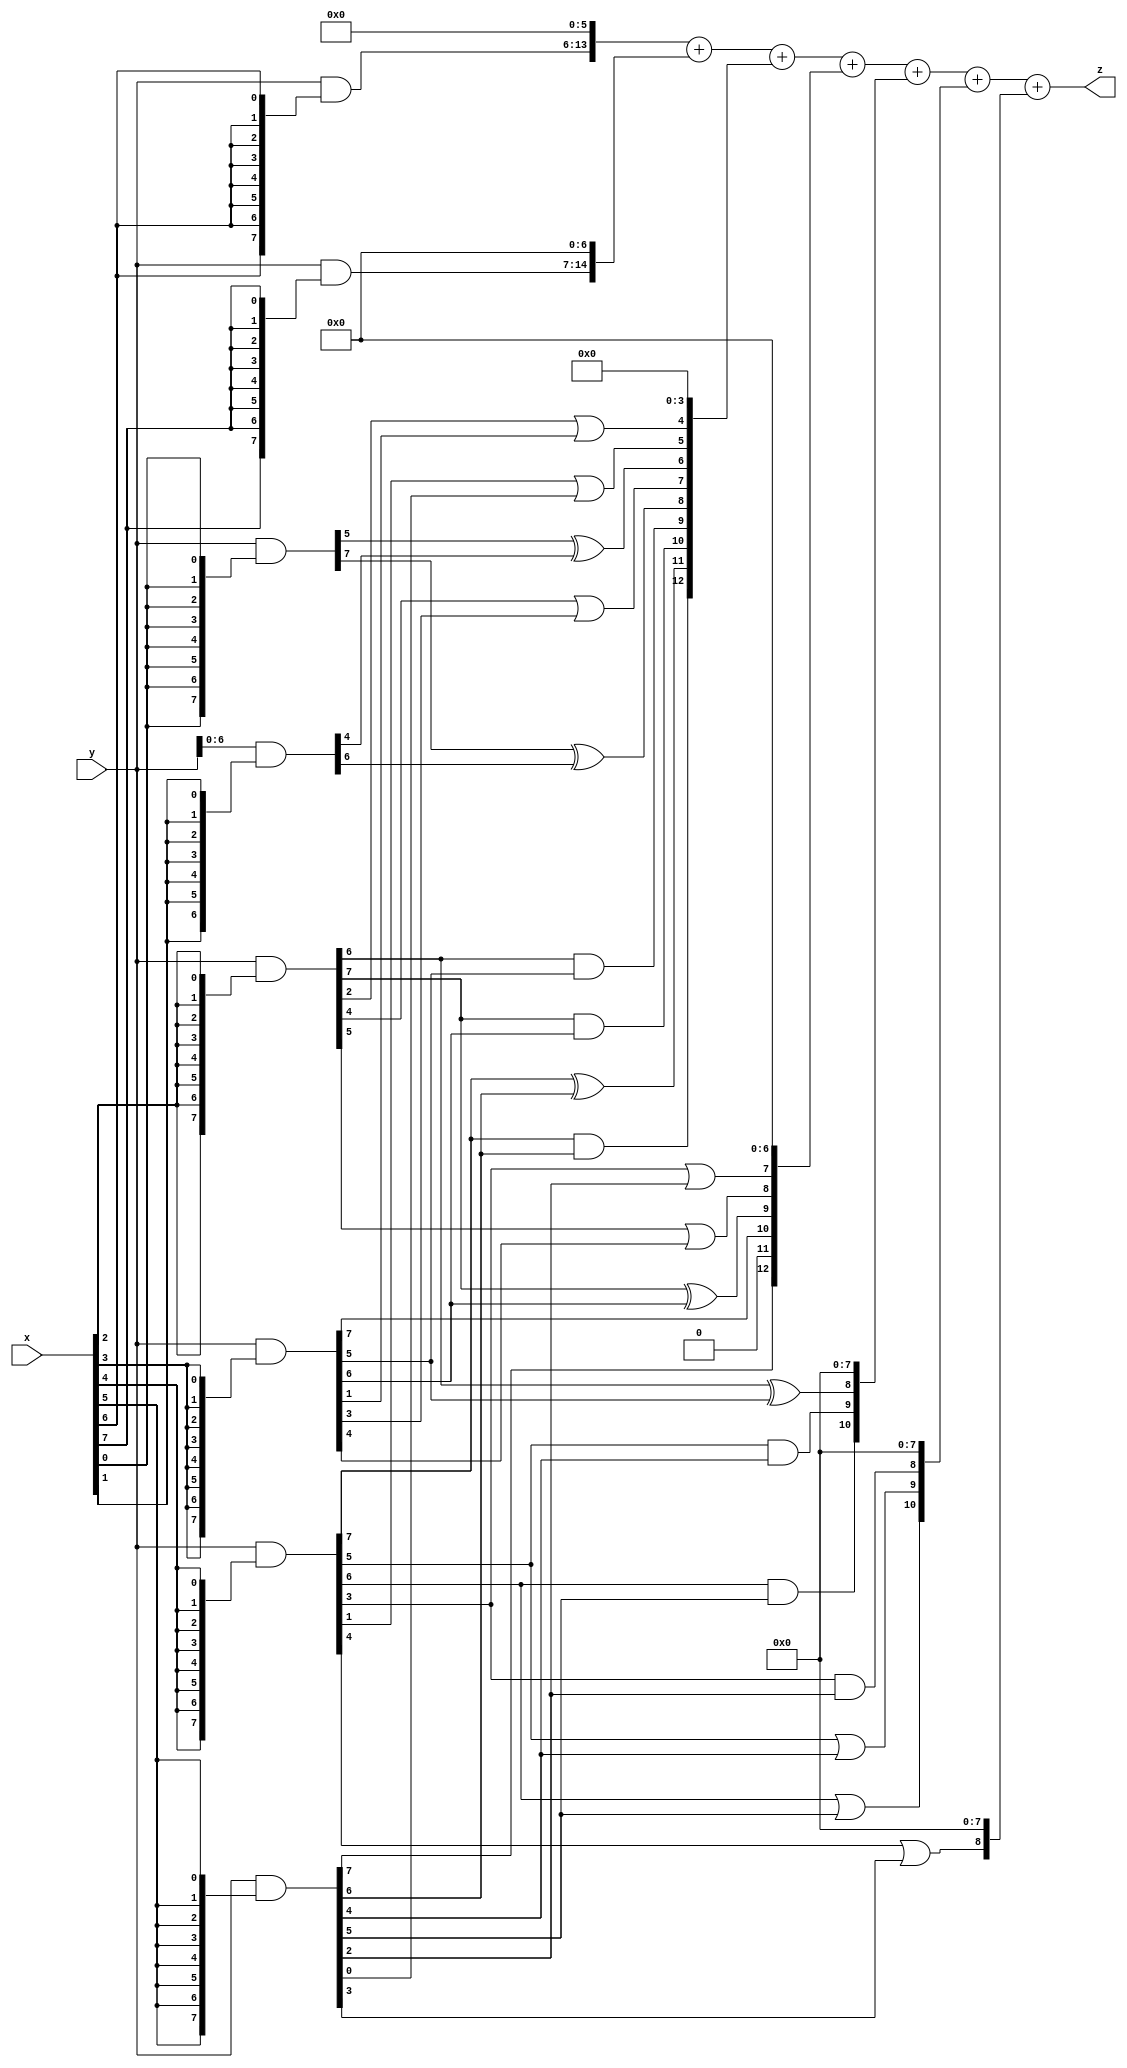
module LeNet_XWYF_36 (
    input  [7:0]  x,
    input  [7:0]  y,
    output [15:0] z
);


wire [7:0] part1 =  y & {8{x[0]}};
wire [7:0] part2 = (y & {8{x[1]}});
wire [7:0] part3 = (y & {8{x[2]}});
wire [7:0] part4 = (y & {8{x[3]}});

wire [7:0] part5 = (y & {8{x[4]}});
wire [7:0] part6 = (y & {8{x[5]}});
wire [7:0] part7 = (y & {8{x[6]}});
wire [7:0] part8 = (y & {8{x[7]}});

wire [12:0] new_part1;
wire [12:0] new_part2;
wire [12:0] new_part3;
wire [12:0] new_part4;
wire [12:0] new_part5;

assign new_part1[0] = 0;
assign new_part1[1] = 0;
assign new_part1[2] = 0;
assign new_part1[3] = 0;
assign new_part1[4] = part3[2]|part4[1];
assign new_part1[5] = part5[1]|part6[0];
assign new_part1[6] = part1[5]^part2[4];
assign new_part1[7] = part3[4]|part4[3];
assign new_part1[8] = part1[7]^part2[6];
assign new_part1[9] = part3[6]&part4[5];
assign new_part1[10] = part3[7]&part4[6];
assign new_part1[11] = part5[7]^part6[6];
assign new_part1[12] = part5[7]&part6[6];

assign new_part2[0] = 0;
assign new_part2[1] = 0;
assign new_part2[2] = 0;
assign new_part2[3] = 0;
assign new_part2[4] = 0;
assign new_part2[5] = 0;
assign new_part2[6] = 0;
assign new_part2[7] = part5[3]|part6[2];
assign new_part2[8] = part3[5]|part4[4];
assign new_part2[9] = part3[7]^part4[6];
assign new_part2[10] = part4[7];
assign new_part2[11] = 0;
assign new_part2[12] = part6[7];

assign new_part3[0] = 0;
assign new_part3[1] = 0;
assign new_part3[2] = 0;
assign new_part3[3] = 0;
assign new_part3[4] = 0;
assign new_part3[5] = 0;
assign new_part3[6] = 0;
assign new_part3[7] = 0;
assign new_part3[8] = part3[6]^part4[5];
assign new_part3[9] = part5[5]&part6[4];
assign new_part3[10] = part5[6]&part6[5];
assign new_part3[11] = 0;
assign new_part3[12] = 0;

assign new_part4[0] = 0;
assign new_part4[1] = 0;
assign new_part4[2] = 0;
assign new_part4[3] = 0;
assign new_part4[4] = 0;
assign new_part4[5] = 0;
assign new_part4[6] = 0;
assign new_part4[7] = 0;
assign new_part4[8] = part5[3]&part6[2];
assign new_part4[9] = part5[5]|part6[4];
assign new_part4[10] = part5[6]|part6[5];
assign new_part4[11] = 0;
assign new_part4[12] = 0;

assign new_part5[0] = 0;
assign new_part5[1] = 0;
assign new_part5[2] = 0;
assign new_part5[3] = 0;
assign new_part5[4] = 0;
assign new_part5[5] = 0;
assign new_part5[6] = 0;
assign new_part5[7] = 0;
assign new_part5[8] = part5[4]|part6[3];
assign new_part5[9] = 0;
assign new_part5[10] = 0;
assign new_part5[11] = 0;
assign new_part5[12] = 0;

assign z = {part7, 6'b0} + {part8, 7'b0} + new_part1 + new_part2 + new_part3 + new_part4 + new_part5;

endmodule